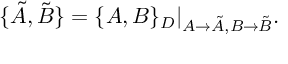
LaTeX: \{ \tilde { A } , \tilde { B } \} = \{ A , B \} _ { D } | _ { A \rightarrow \tilde { A } , B \rightarrow \tilde { B } } .